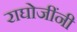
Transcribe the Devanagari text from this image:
राघोजींनी